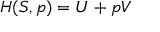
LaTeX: H ( S , p ) = U + p V